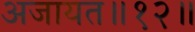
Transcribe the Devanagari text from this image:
अजायत॥१२॥